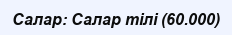
Салар: Салар тілі (60.000)